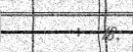
:  18